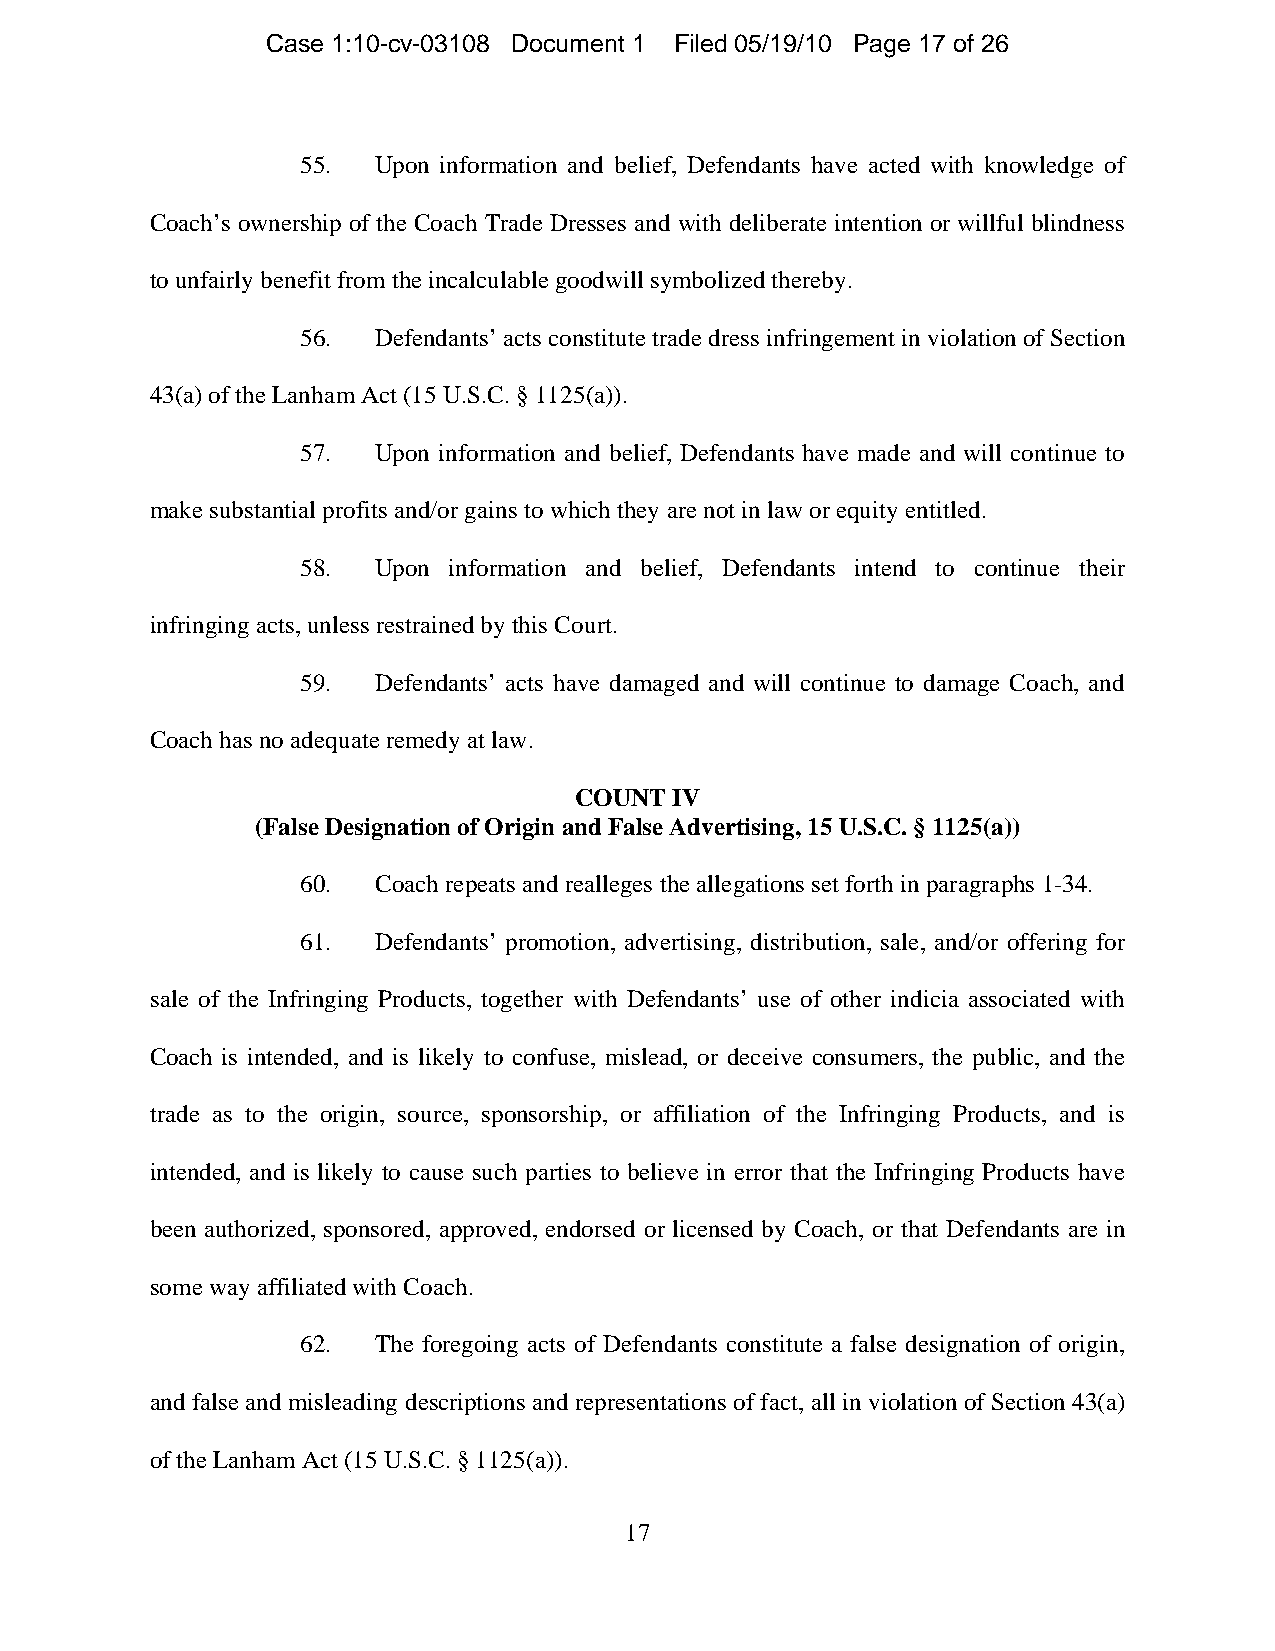
Case 1:10-cv-03108 Document 1 Filed 05/19/10 Page 17 of 26
 55.  Upon information and belief, Defendants have acted with knowledge of
 Coach’s ownership of the Coach Trade Dresses and with deliberate intention or willful blindness
 to unfairly benefit from the incalculable goodwill symbolized thereby.
 56.  Defendants’ acts constitute trade dress infringement in violation of Section
 43(a) of the Lanham Act (15 U.S.C. § 1125(a)).
 57.  Upon information and belief, Defendants have made and will continue to
 make substantial profits and/or gains to which they are not in law or equity entitled.
 58.  Upon information and belief, Defendants intend to continue their
 infringing acts, unless restrained by this Court.
 59.  Defendants’ acts have damaged and will continue to damage Coach, and
 Coach has no adequate remedy at law.
 COUNT IV
 (False Designation of Origin and False Advertising, 15 U.S.C. § 1125(a))
 60.  Coach repeats and realleges the allegations set forth in paragraphs 1-34.
 61.  Defendants’ promotion, advertising, distribution, sale, and/or offering for
 sale of the Infringing Products, together with Defendants’ use of other indicia associated with
 Coach is intended, and is likely to confuse, mislead, or deceive consumers, the public, and the
 trade as to the origin, source, sponsorship, or affiliation of the Infringing Products, and is
 intended, and is likely to cause such parties to believe in error that the Infringing Products have
 been authorized, sponsored, approved, endorsed or licensed by Coach, or that Defendants are in
 some way affiliated with Coach.
 62.  The foregoing acts of Defendants constitute a false designation of origin,
 and false and misleading descriptions and representations of fact, all in violation of Section 43(a)
 of the Lanham Act (15 U.S.C. § 1125(a)).
 17